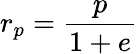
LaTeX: r_{p}={\frac{p}{1+e}}